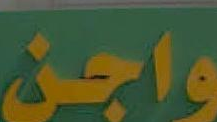
واجن